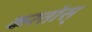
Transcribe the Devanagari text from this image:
करतोस्